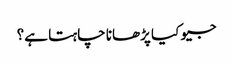
جیو کیا پڑھانا چاہتا ہے؟